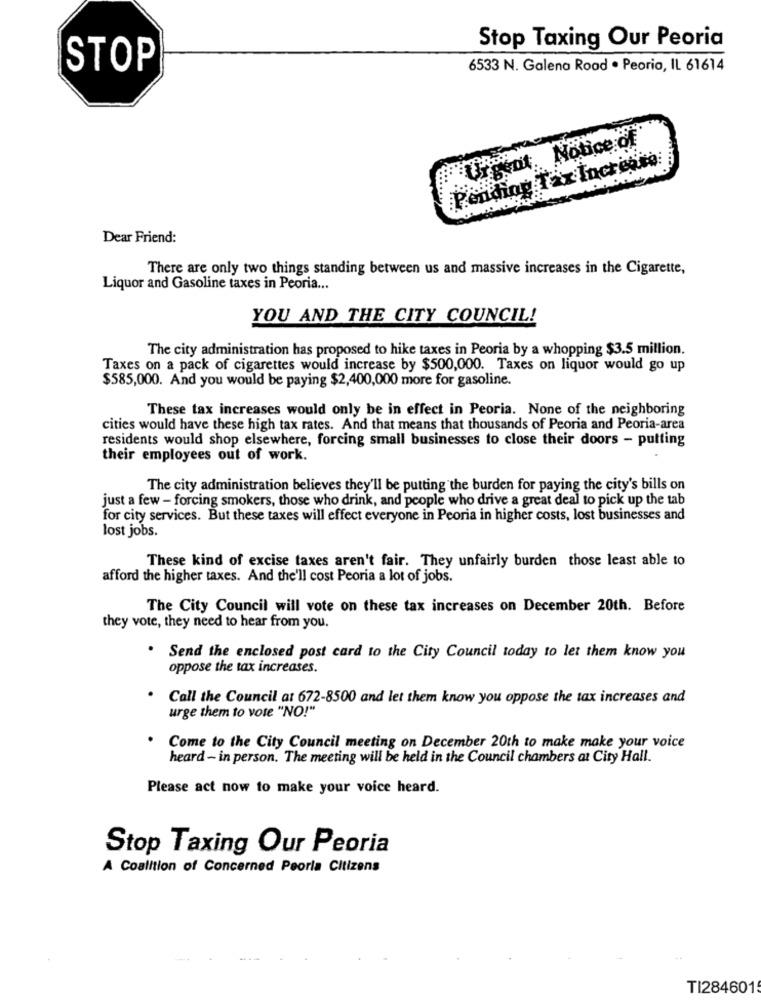
Stop Taxing Our Peoria
STOP
6533 N. Galena Road · Peorio, IL 61614
IBent Notice of
Pending Tax Increase:
Dear Friend:
There are only two things standing between us and massive increases in the Cigarette,
Liquor and Gasoline taxes in Peoria ...
YOU AND THE CITY COUNCIL!
The city administration has proposed to hike taxes in Peoria by a whopping $3.5 million.
Taxes on a pack of cigarettes would increase by $500,000. Taxes on liquor would go up
$585,000. And you would be paying $2,400,000 more for gasoline.
These tax increases would only be in effect in Peoria. None of the neighboring
cities would have these high tax rates. And that means that thousands of Peoria and Peoria-area
residents would shop elsewhere, forcing small businesses to close their doors - putting
their employees out of work.
The city administration believes they'll be putting the burden for paying the city's bills on
just a few - forcing smokers, those who drink, and people who drive a great deal to pick up the tab
for city services. But these taxes will effect everyone in Peoria in higher costs, lost businesses and
lost jobs.
These kind of excise taxes aren't fair. They unfairly burden those least able to
afford the higher taxes. And the'll cost Peoria a lot of jobs.
The City Council will vote on these tax increases on December 20th. Before
they vote, they need to hear from you.
. Send the enclosed post card to the City Council today to let them know you
oppose the tax increases.
Call the Council at 672-8500 and let them know you oppose the tax increases and
urge them to vote "NO!"
Come to the City Council meeting on December 20th to make make your voice
heard - in person. The meeting will be held in the Council chambers at City Hall.
Please act now to make your voice heard.
Stop Taxing Our Peoria
A Coalition of Concerned Peorla Citizens
TI2846015